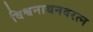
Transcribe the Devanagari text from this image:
विश्वनाथनवरत्न